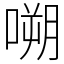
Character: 嗍